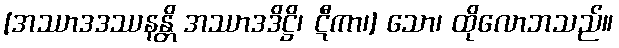
[အဿာဒဒဿနန္တိ အဿာဒဒိဋ္ဌိ၊ ဋီကာ၊] သော၊ ထိုလောဘသည်။